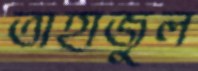
তাহাজুল